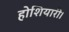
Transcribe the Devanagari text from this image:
होशियारी।